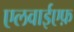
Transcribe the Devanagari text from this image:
एलवाईएफ़